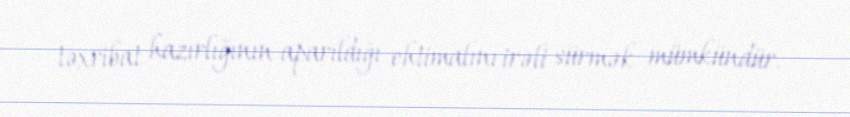
təxribat hazırlığının aparıldığı ehtimalını irəli sürmək mümkündür.